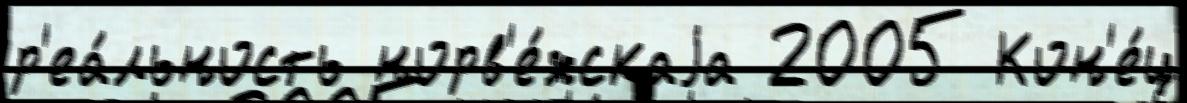
р'еа́льность норв'е́жскаjа 2005 Кон'е́ц